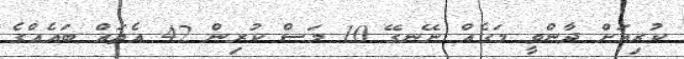
ކުރިއަށް ދާންވީ މަގެއް ނޭނގޭ 10 މަސް ކުރިން 42 އެތައް ބައެއްގެ